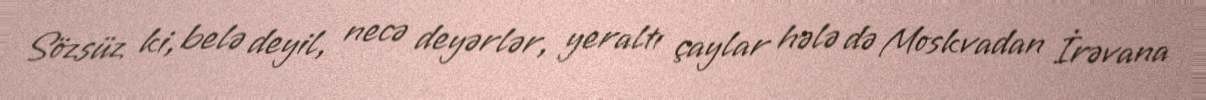
Sözsüz ki, belə deyil, necə deyərlər, yeraltı çaylar hələ də Moskvadan İrəvana